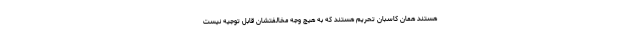
هستند همان کاسبان تحریم هستند که به هیچ وجه مخالفتشان قابل توجیه نیست